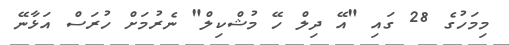
މިމަހުގެ 28 ގައި "އޭ ދިލް ހޭ މުޝްކިލް" ނެރުމަށް ހުރަސް އަޅާނޭ